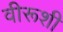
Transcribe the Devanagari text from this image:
वीरूशी